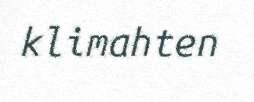
klimahten